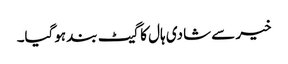
خیر سے شادی ہال کا گیٹ بند ہوگیا۔